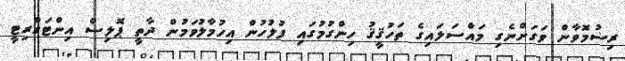
ރިޟުމޮވާން ވަގަށްނެގި މައްސަލައިގެ ތަހުޤީޤު ހިންގުމުގައި ފުލުހުން އިހުމާލުވަމުން ދާތީ ޕޮލިސް އިންޓަގްރިޓީ